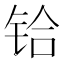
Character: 铪